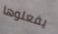
يفعلوها